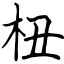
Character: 杻